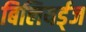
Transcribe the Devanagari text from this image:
बिलियर्ड्‌ज